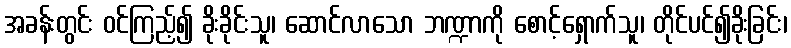
အခန်းတွင်း ဝင်ကြည့်၍ ခိုးခိုင်းသူ၊ ဆောင်လာသော ဘဏ္ဍာကို စောင့်ရှောက်သူ၊ တိုင်ပင်၍ခိုးခြင်း၊